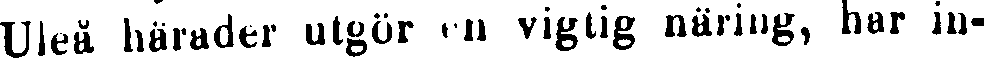
Uleå härader utgör en vigtig näring, har in-